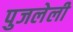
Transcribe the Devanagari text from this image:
पुजलेली